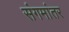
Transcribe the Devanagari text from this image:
संगमांतर